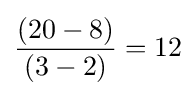
{\frac {(20-8)}{(3-2)}}=12